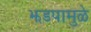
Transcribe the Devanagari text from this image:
झडपामुळे